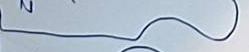
}